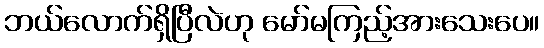
ဘယ်လောက်ရှိပြီလဲဟု မော်မကြည့်အားသေးပေ။